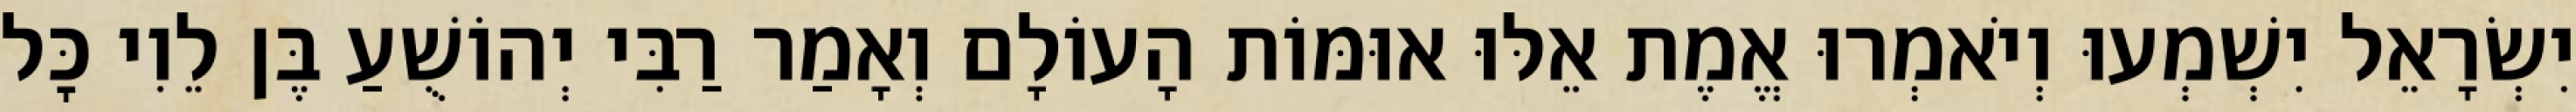
יִשְׂרָאֵל יִשְׁמְעוּ וְיֹאמְרוּ אֱמֶת אֵלּוּ אוּמּוֹת הָעוֹלָם וְאָמַר רַבִּי יְהוֹשֻׁעַ בֶּן לֵוִי כׇּל